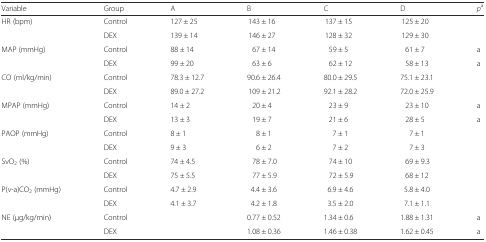
<table><thead><tr><td><b>Variable</b></td><td><b>Group</b></td><td><b>A</b></td><td><b>B</b></td><td><b>C</b></td><td><b>D</b></td><td><b><i>p</i><sup>a</sup></b></td></tr></thead><tbody><tr><td rowspan="2">HR (bpm)</td><td>Control</td><td>127 ± 25</td><td>143 ± 16</td><td>137 ± 15</td><td>125 ± 20</td><td></td></tr><tr><td>DEX</td><td>139 ± 14</td><td>146 ± 27</td><td>128 ± 32</td><td>129 ± 30</td><td></td></tr><tr><td rowspan="2">MAP (mmHg)</td><td>Control</td><td>88 ± 14</td><td>67 ± 14</td><td>59 ± 5</td><td>61 ± 7</td><td>a</td></tr><tr><td>DEX</td><td>99 ± 20</td><td>63 ± 6</td><td>62 ± 12</td><td>58 ± 13</td><td>a</td></tr><tr><td rowspan="2">CO (ml/kg/min)</td><td>Control</td><td>78.3 ± 12.7</td><td>90.6 ± 26.4</td><td>80.0 ± 29.5</td><td>75.1 ± 23.1</td><td></td></tr><tr><td>DEX</td><td>89.0 ± 27.2</td><td>109 ± 21.2</td><td>92.1 ± 28.2</td><td>72.0 ± 25.9</td><td></td></tr><tr><td rowspan="2">MPAP (mmHg)</td><td>Control</td><td>14 ± 2</td><td>20 ± 4</td><td>23 ± 9</td><td>23 ± 10</td><td>a</td></tr><tr><td>DEX</td><td>13 ± 3</td><td>19 ± 7</td><td>21 ± 6</td><td>28 ± 5</td><td>a</td></tr><tr><td rowspan="2">PAOP (mmHg)</td><td>Control</td><td>8 ± 1</td><td>8 ± 1</td><td>7 ± 1</td><td>7 ± 1</td><td></td></tr><tr><td>DEX</td><td>9 ± 3</td><td>6 ± 2</td><td>7 ± 2</td><td>7 ± 3</td><td></td></tr><tr><td rowspan="2">SvO<sub>2</sub> (%)</td><td>Control</td><td>74 ± 4.5</td><td>78 ± 7.0</td><td>74 ± 10</td><td>69 ± 9.3</td><td></td></tr><tr><td>DEX</td><td>75 ± 5.5</td><td>77 ± 5.9</td><td>72 ± 5.9</td><td>68 ± 12</td><td></td></tr><tr><td rowspan="2">P(v-a)CO<sub>2</sub> (mmHg)</td><td>Control</td><td>4.7 ± 2.9</td><td>4.4 ± 3.6</td><td>6.9 ± 4.6</td><td>5.8 ± 4.0</td><td></td></tr><tr><td>DEX</td><td>4.1 ± 3.7</td><td>4.2 ± 1.8</td><td>3.5 ± 2.0</td><td>7.1 ± 1.1</td><td></td></tr><tr><td rowspan="2">NE (μg/kg/min)</td><td>Control</td><td></td><td>0.77 ± 0.52</td><td>1.34 ± 0.6</td><td>1.88 ± 1.31</td><td>a</td></tr><tr><td>DEX</td><td></td><td>1.08 ± 0.36</td><td>1.46 ± 0.38</td><td>1.62 ± 0.45</td><td>a</td></tr></tbody></table>